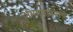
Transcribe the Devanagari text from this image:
अभंगगायनाचे